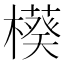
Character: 𬄲